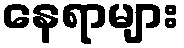
နေရာများ